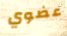
عضوي